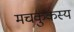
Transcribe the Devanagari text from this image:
मचकुकस्य